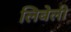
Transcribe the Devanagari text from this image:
लिबेली